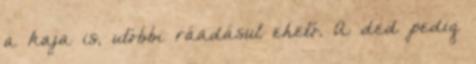
a kaja is, utóbbi ráadásul ehető. A ded pedig